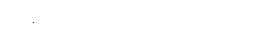
စပိန်ပြည်ပြေးများကို ဖမ်းကြသည်။